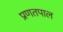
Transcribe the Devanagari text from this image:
प्रणतपाल